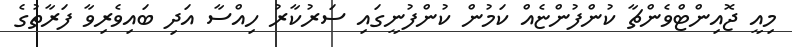
މިއީ ޖޮއިންޓްވެންޗާ ކުންފުންޏެއް ކަމުން ކުންފުނީގައި ސަރުކާރު ހިއްސާ އަދި ބައިވެރިވާ ފަރާތުގެ